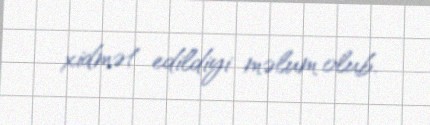
xidmət edildiyi məlum olub.